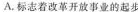
A.标志着改革开放事业的起步